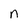
Character: n